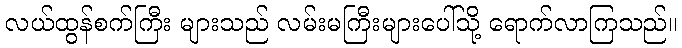
လယ်ထွန်စက်ကြီး များသည် လမ်းမကြီးများပေါ်သို့ ရောက်လာကြသည်။